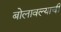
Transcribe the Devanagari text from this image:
बोलावल्याची